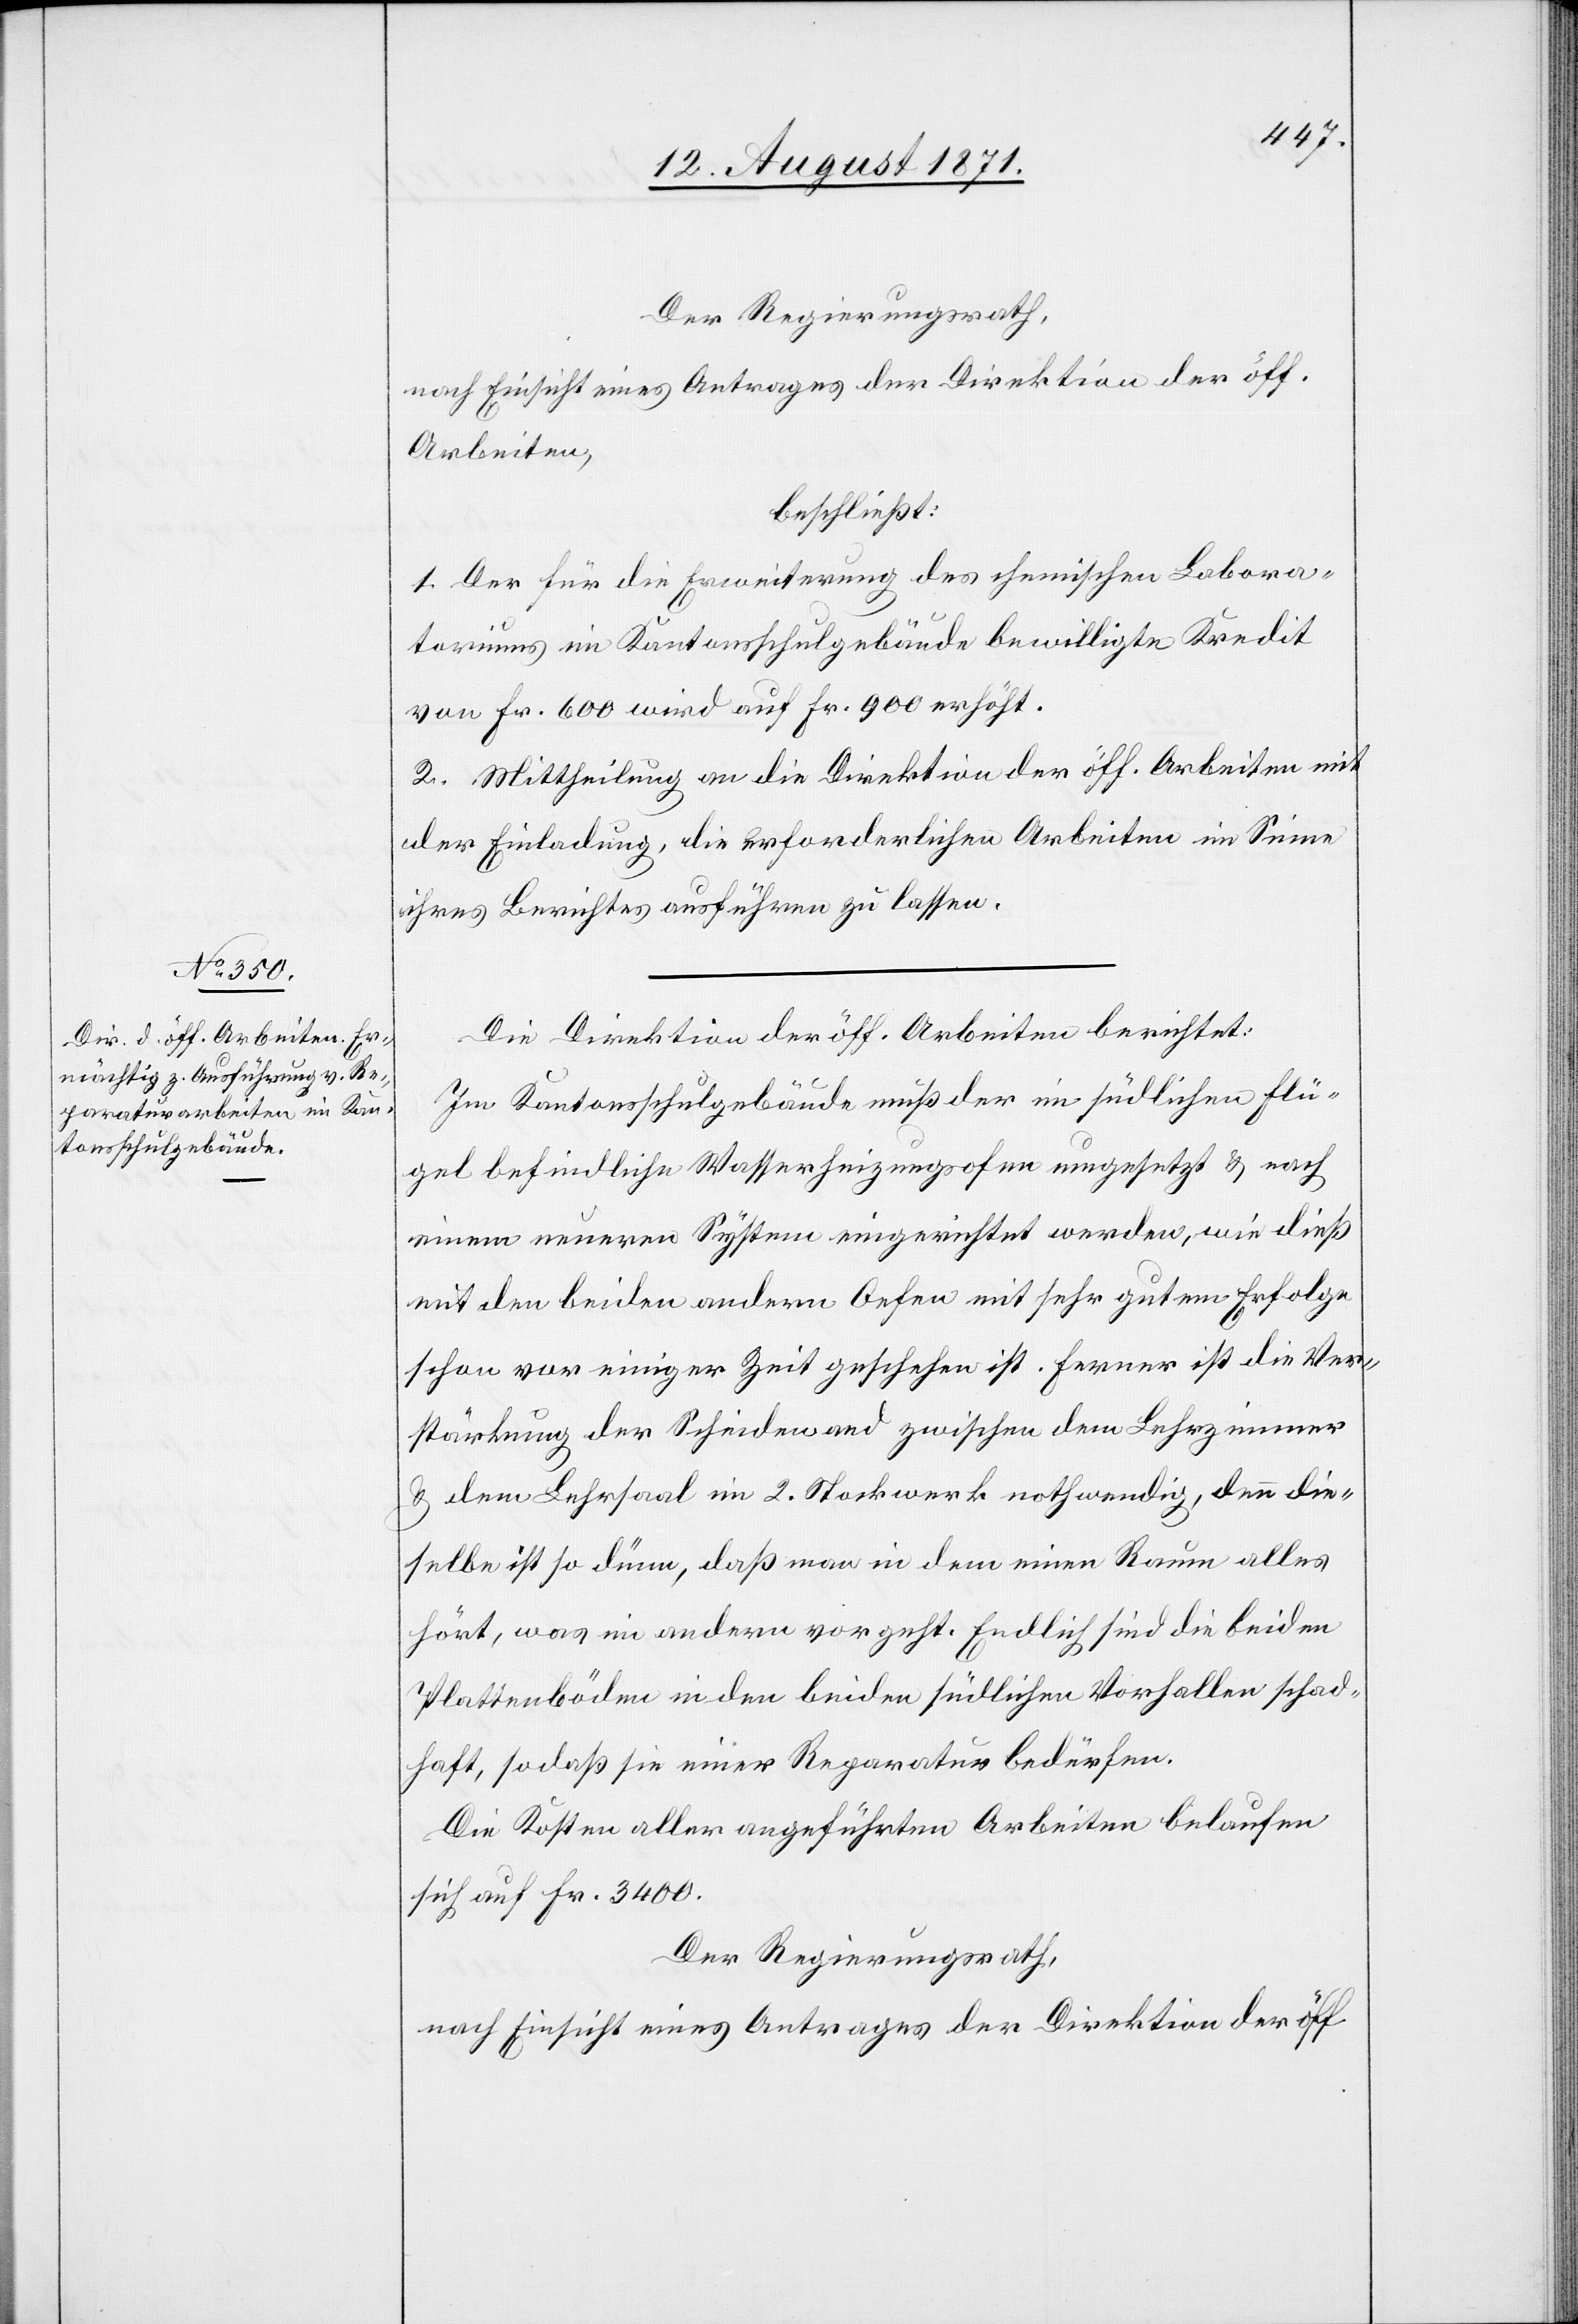
Der Regierungsrath,
nach Einsicht eines Antrages der Direktion der öff.
Arbeiten,
beschließt:
1. Der für die Erweiterung des chemischen Labora¬
toriums im Kantonsschulgebäude bewilligte Kredit
von Fr. 600 wird auf Fr. 900 erhöht.
2. Mittheilung an die Direktion der öff. Arbeiten mit
der Einladung, die erforderlichen Arbeiten im Sinne
ihres Berichtes ausführen zu lassen.
Die Direktion der öff. Arbeiten berichtet:
Im Kantonsschulgebäude muß der im südlichen Flü¬
gel befindliche Wasserheizungsofen umgesetzt & nach
einem neueren System eingerichtet werden, wie dieß
mit den beiden anderen Oefen mit sehr gutem Erfolge
schon vor einiger Zeit geschehen ist. Ferner ist die Ver¬
stärkung der Scheidewand zwischen dem Lehrzimmer
& dem Lehrsaal im 2. Stockwerk nothwendig, denn die¬
selbe ist so dünn, daß man in dem einen Raum alles
hört, was im andern vorgeht. Endlich sind die beiden
Plattenböden in den beiden südlichen Vorhallen schad¬
haft, sodaß sie einer Reperatur bedürfen.
Die Kosten aller angeführten Arbeiten belaufen
sich auf Fr. 3400.
Der Regierungsrath,
nach Einsicht eines Antrages der Direktion der öff.